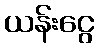
ယန်းငွေ